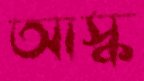
আস্ক